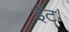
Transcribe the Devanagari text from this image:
र्इंट